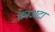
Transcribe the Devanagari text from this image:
क़ाअदा